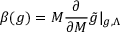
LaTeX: \beta ( g ) = M \frac { \partial } { \partial M } \tilde { g } | _ { g , \Lambda }